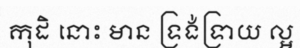
កុដិ នោះ មាន ទ្រង់ទ្រាយ ល្អ